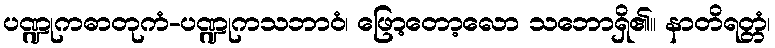
ပဏ္ဍုကဓာတုကံ-ပဏ္ဍုကသဘာဝံ၊ ဖြော့တော့လော သဘောရှိ၏။ နာတိရတ္တံ၊